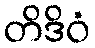
တိဒိဝံ